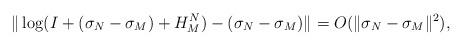
LaTeX: \begin{align*}\|\log(I+(\sigma_N-\sigma_M)+H_M^N)-(\sigma_N-\sigma_M)\|_{}=O(\|\sigma_N-\sigma_M\|_{}^2),\end{align*}